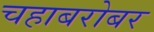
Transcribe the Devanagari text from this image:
चहाबरोबर